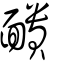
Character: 靧